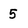
Character: 5